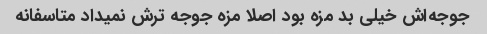
جوجه‌اش خیلی بد مزه بود اصلا مزه جوجه ترش نمیداد متاسفانه